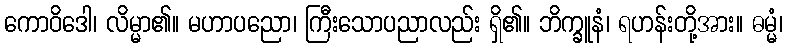
ကောဝိဒေါ၊ လိမ္မာ၏။ မဟာပညော၊ ကြီးသောပညာလည်း ရှိ၏။ ဘိက္ခူနံ၊ ရဟန်းတို့အား။ ဓမ္မံ၊